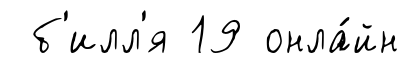
б'илл'я 19 онла́йн